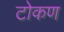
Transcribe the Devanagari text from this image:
टोकण